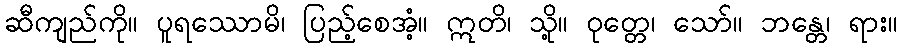
ဆီကျည်ကို။ ပူရဿောမိ၊ ပြည့်စေအံ့။ ဣတိ၊ သို့။ ဝုတ္တေ၊ သော်။ ဘန္တေ၊ ရား။